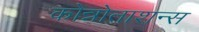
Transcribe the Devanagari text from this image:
कोन्नोताशन्स